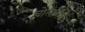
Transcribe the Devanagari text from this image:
चोलांच्या